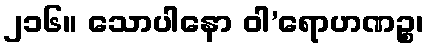
၂၁၆။ သောပါနော ဝါ’ရောဟဏဉ္စ၊